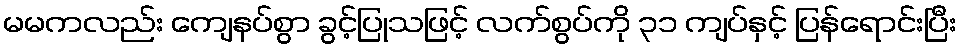
မမကလည်း ကျေနပ်စွာ ခွင့်ပြုသဖြင့် လက်စွပ်ကို ၃၁ ကျပ်နှင့် ပြန်ရောင်းပြီး